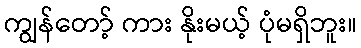
ကျွန်တော့် ကား နိုးမယ့် ပုံမရှိဘူး။